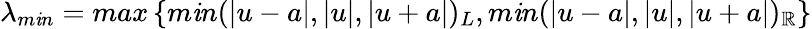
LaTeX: \lambda_{m\mathit{i}n}=max\left\{ m\mathit{i}n(|u-a|,|u|,|u+a|)_{L},m\mathit{i}n(|u-a|,|u|,|u+a|)_{\mathbb{R}}\right\}